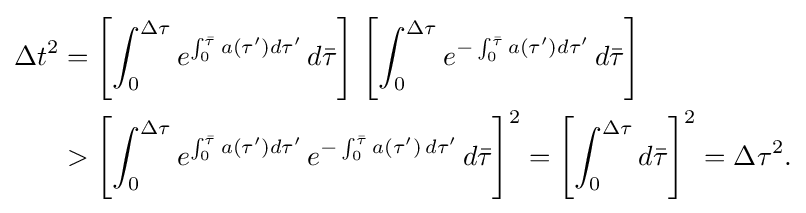
{\begin{aligned}\Delta t^{2}&=\left[\int _{0}^{\Delta \tau }e^{\int _{0}^{\bar {\tau }}a(\tau ')d\tau '}\,d{\bar {\tau }}\right]\,\left[\int _{0}^{\Delta \tau }e^{-\int _{0}^{\bar {\tau }}a(\tau ')d\tau '}\,d{\bar {\tau }}\right]\\&>\left[\int _{0}^{\Delta \tau }e^{\int _{0}^{\bar {\tau }}a(\tau ')d\tau '}\,e^{-\int _{0}^{\bar {\tau }}a(\tau ')\,d\tau '}\,d{\bar {\tau }}\right]^{2}=\left[\int _{0}^{\Delta \tau }d{\bar {\tau }}\right]^{2}=\Delta \tau ^{2}.\end{aligned}}